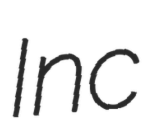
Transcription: Inc